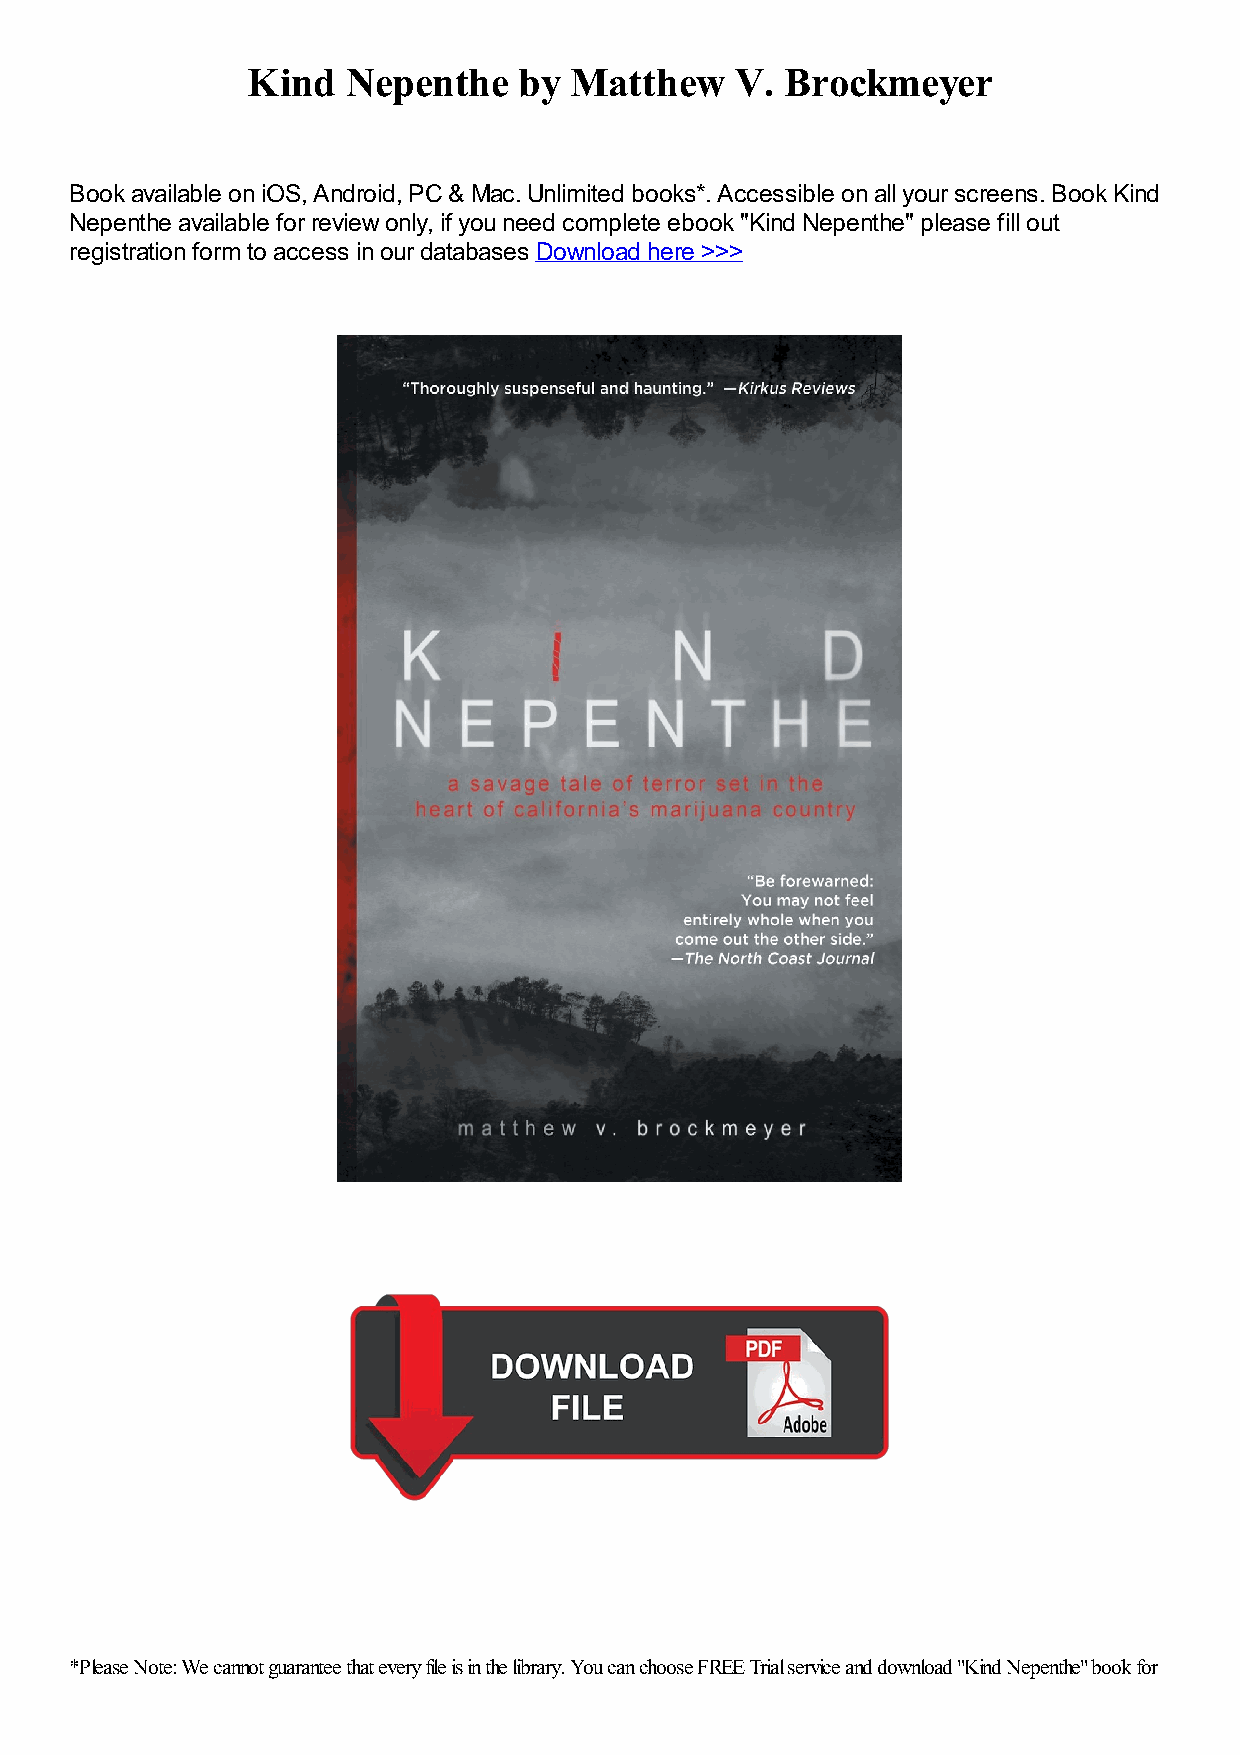
Kind   Nepenthe   by  Matthew    V. Brockmeyer
 Book available on iOS, Android, PC & Mac. Unlimited books*. Accessible on all your screens. Book Kind
 Nepenthe available for review only, if you need complete ebook "Kind Nepenthe" please fill out
 registration form to access in our databases Download here >>>
 *Please Note: We cannot guarantee that every file is in the library. You can choose FREE Trial service and download "Kind Nepenthe" book for